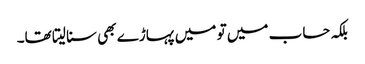
بلکہ حساب میں تو میں پہاڑے بھی سنا لیتا تھا۔